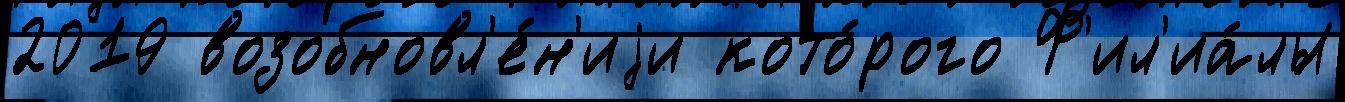
2019 возобновл'е́н'иjи кото́рого Ф'ил'иа́лы